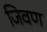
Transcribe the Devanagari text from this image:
जिवण